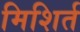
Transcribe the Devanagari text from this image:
मिशिर्त